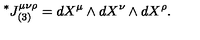
\vphantom { J } ^ { * } J _ { ( 3 ) } ^ { \mu \nu \rho } = d X ^ { \mu } \wedge d X ^ { \nu } \wedge d X ^ { \rho } .